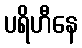
ပရိဟီနေ